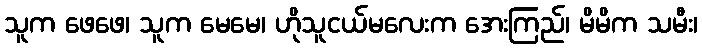
သူက ဖေဖေ၊ သူက မေမေ၊ ဟိုသူငယ်မလေးက အေးကြည်၊ မိမိက သမီး၊